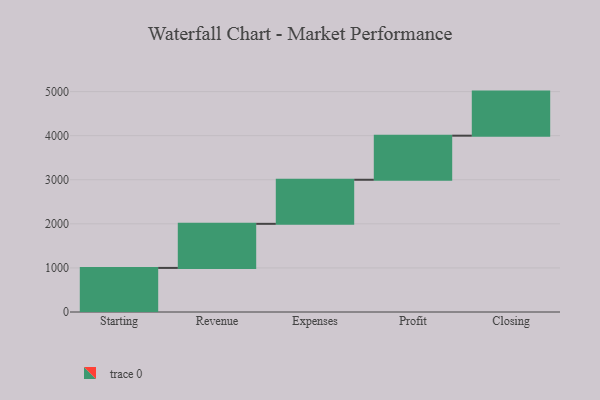
{"axis": {"x": "Step", "y": "Value"}, "legend": [""], "data": [{"x": "Starting", "y": 1000, "type": ""}, {"x": "Revenue", "y": 1000, "type": ""}, {"x": "Expenses", "y": 1000, "type": ""}, {"x": "Profit", "y": 1000, "type": ""}, {"x": "Closing", "y": 1000, "type": ""}]}